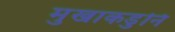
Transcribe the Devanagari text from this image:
मुखाकडुनि